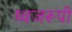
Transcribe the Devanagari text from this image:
ध्वजरूपी